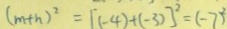
( m + n ) ^ { 2 } = [ ( - 4 ) + ( - 3 ) ] ^ { 2 } = ( - 7 ) ^ { 2 }